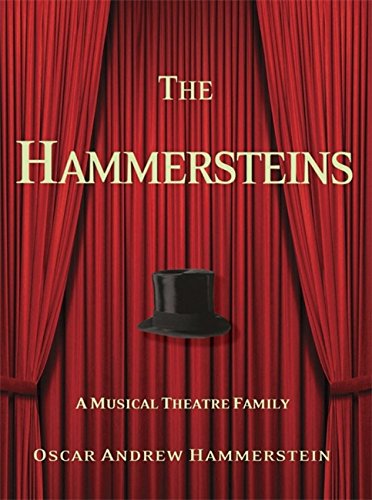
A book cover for Hammersteins: A Musical Theatre Family; Oscar Andrew Hammerstein; Biographies & Memoirs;